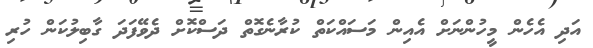
އަދި އެހެން މީހުންނަށް އެއިން މަސައްކަތް ކުރާނެގޮތް ދަސްކޮށް ދެވޭފަދަ ގާބިލުކަން ހުރި